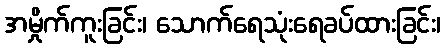
အမှိုက်ကူးခြင်း၊ သောက်ရေသုံးရေခပ်ထားခြင်း၊